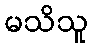
မသိသူ